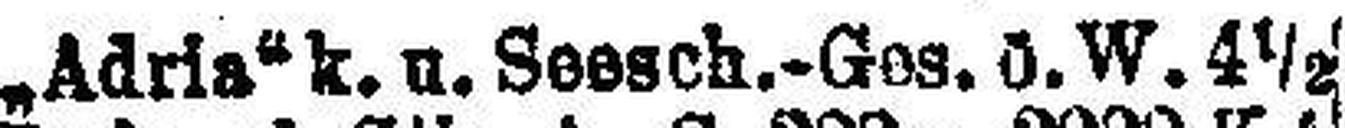
„Adria“ k. u. Seesch.-Ges. ö. W. 4½